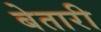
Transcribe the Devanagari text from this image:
बेतारी